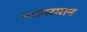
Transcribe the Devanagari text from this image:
नाफ़रमान